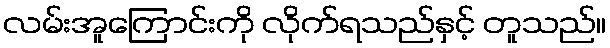
လမ်းအူကြောင်းကို လိုက်ရသည်နှင့် တူသည်။